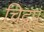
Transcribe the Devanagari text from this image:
चिद्रूपं